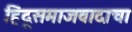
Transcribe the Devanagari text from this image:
हिंदूसमाजवादाचा